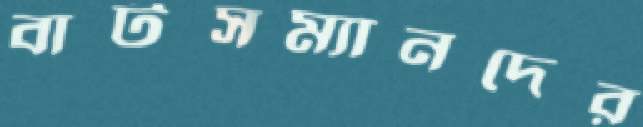
বাটসম্যানদের